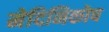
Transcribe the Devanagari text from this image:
मेदिनिकोष